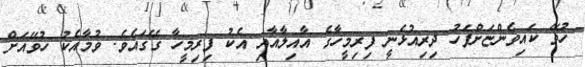
ހުވޭ ކައިވެންޏަށްފަހު ދިރިއުޅެނީ ފިރިމީހާގެ އާއިލާއާއި އެކު ފިރިމީހާ ގޭގައެވެ. ވުމާއެކު ހުވޭއަށް